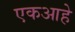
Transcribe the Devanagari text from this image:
एकआहे